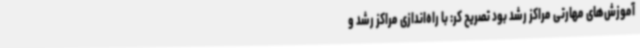
آموزش‌های مهارتی مراکز رشد بود تصریح کر: با راه‌اندازی مراکز رشد و